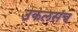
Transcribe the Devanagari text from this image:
उकलसंच